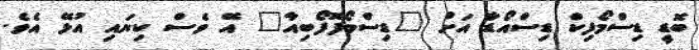
ބޮޑީ ޑިސްމޯފިކް ޑިސްއޯޑާ އަށް "ޑިސްމޯފޮފޯބިއާ" އޭ ވެސް ކިޔައި އުޅޭ އެވެ.